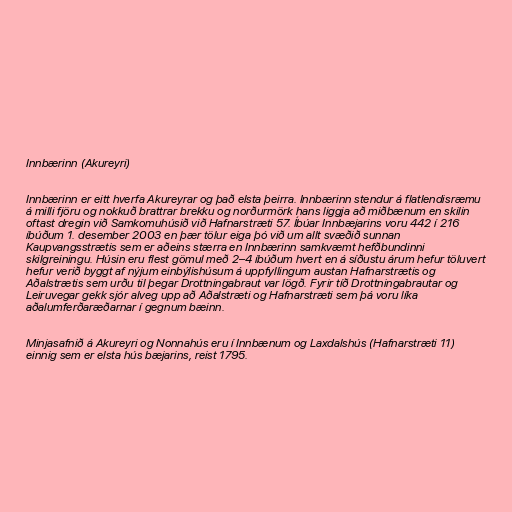
Innbærinn (Akureyri)

Innbærinn er eitt hverfa Akureyrar og það elsta þeirra. Innbærinn stendur á flatlendisræmu
á milli fjöru og nokkuð brattrar brekku og norðurmörk hans liggja að miðbænum en skilin
oftast dregin við Samkomuhúsið við Hafnarstræti 57. Íbúar Innbæjarins voru 442 í 216
íbúðum 1. desember 2003 en þær tölur eiga þó við um allt svæðið sunnan
Kaupvangsstrætis sem er aðeins stærra en Innbærinn samkvæmt hefðbundinni
skilgreiningu. Húsin eru flest gömul með 2–4 íbúðum hvert en á síðustu árum hefur töluvert
hefur verið byggt af nýjum einbýlishúsum á uppfyllingum austan Hafnarstrætis og
Aðalstrætis sem urðu til þegar Drottningabraut var lögð. Fyrir tíð Drottningabrautar og
Leiruvegar gekk sjór alveg upp að Aðalstræti og Hafnarstræti sem þá voru líka
aðalumferðaræðarnar í gegnum bæinn.

Minjasafnið á Akureyri og Nonnahús eru í Innbænum og Laxdalshús (Hafnarstræti 11)
einnig sem er elsta hús bæjarins, reist 1795.